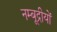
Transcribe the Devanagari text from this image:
नम्बूद्रीयों